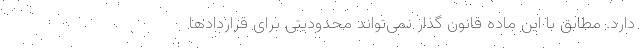
دارد. مطابق با این ماده قانون گذار نمی‌تواند محدودیتی برای قراردادها